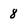
Character: 8